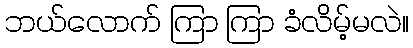
ဘယ်လောက် ကြာ ကြာ ခံလိမ့်မလဲ။